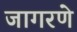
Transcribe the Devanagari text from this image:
जागरणे